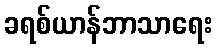
ခရစ်ယာန်ဘာသာရေး